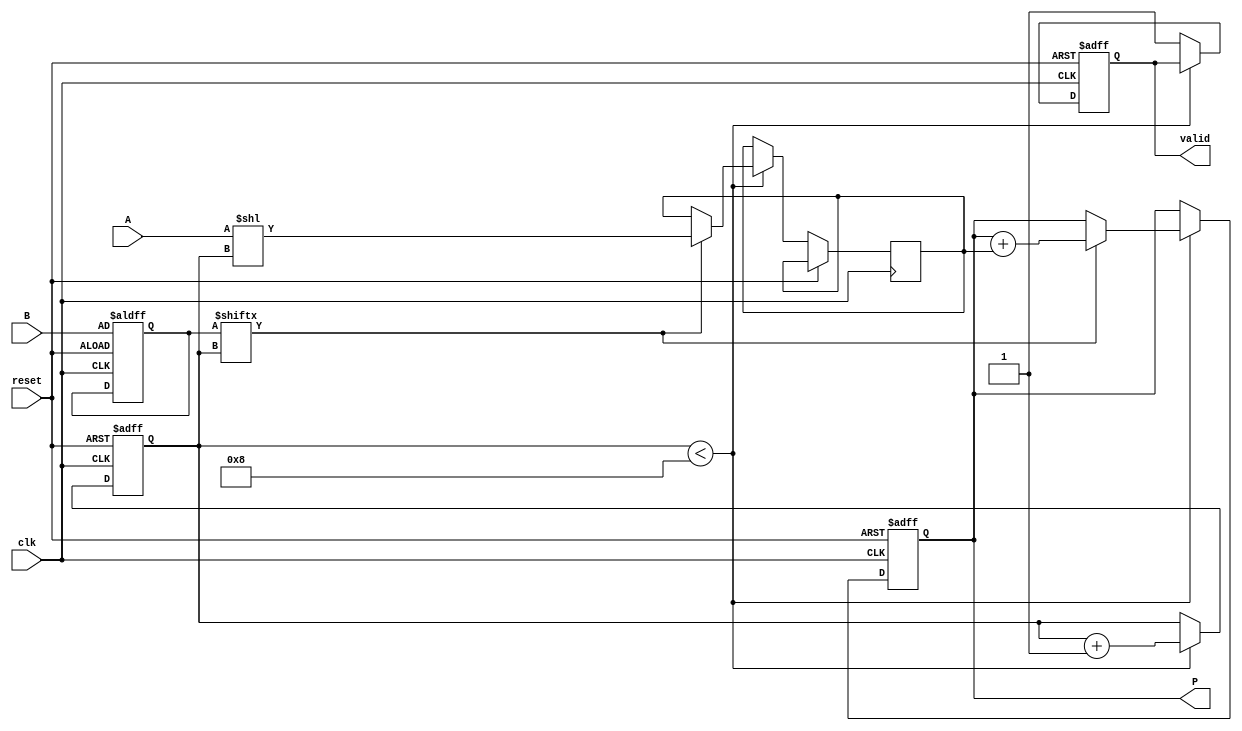
module PartialProductAccumulator #(parameter N = 8, M = 8) (
    input wire [N-1:0] A,        // Multiplicand
    input wire [M-1:0] B,        // Multiplier
    input wire clk,              // Clock
    input wire reset,            // Reset
    output reg [(N + M) - 1:0] P, // Product
    output reg valid             // Valid signal
);

    reg [M-1:0] multiplier;       // Internal register for the multiplier
    reg [(N + M) - 1:0] partial_product; // Store partial product
    reg [3:0] count;              // Counter for bits processed

    // Initialize outputs and internal states on reset
    always @(posedge clk or posedge reset) begin
        if (reset) begin
            P <= 0;
            valid <= 0;
            count <= 0;
            multiplier <= B;
        end else if (count < M) begin
            // Generate partial product and shift based on the current bit of B
            if (multiplier[count]) begin
                partial_product <= A << count; // Shift A by the current bit position
                P <= P + partial_product;       // Add partial product to accumulator
            end
            count <= count + 1;               // Move to the next bit of B
        end else begin
            valid <= 1;                        // All bits processed, signal valid
        end
    end

endmodule